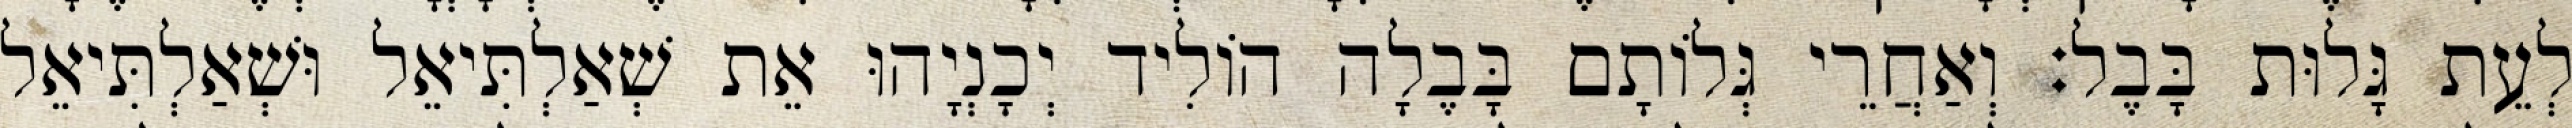
לְעֵת גָּלוּת בָּבֶל׃ וְאַחֲרֵי גְּלוֹתָם בָּבֶלָה הוֹלִיד יְכָנְיָהוּ אֵת שְׁאַלְתִּיאֵל וּשְׁאַלְתִּיאֵל